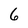
Character: 6